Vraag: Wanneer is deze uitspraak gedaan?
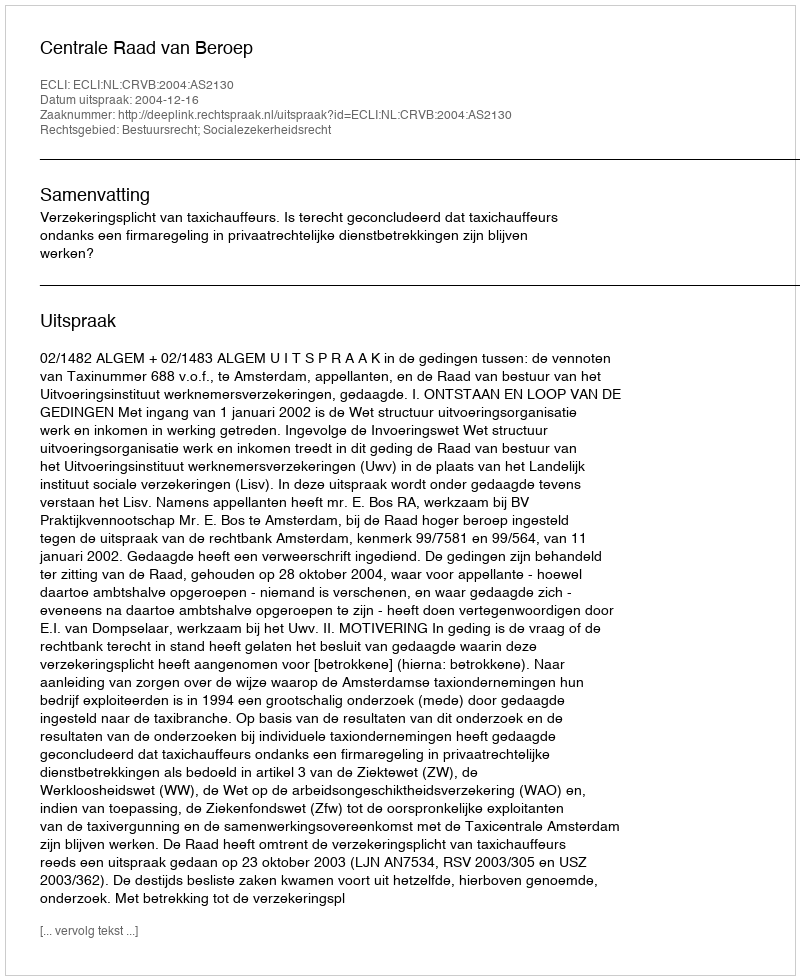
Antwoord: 2004-12-16